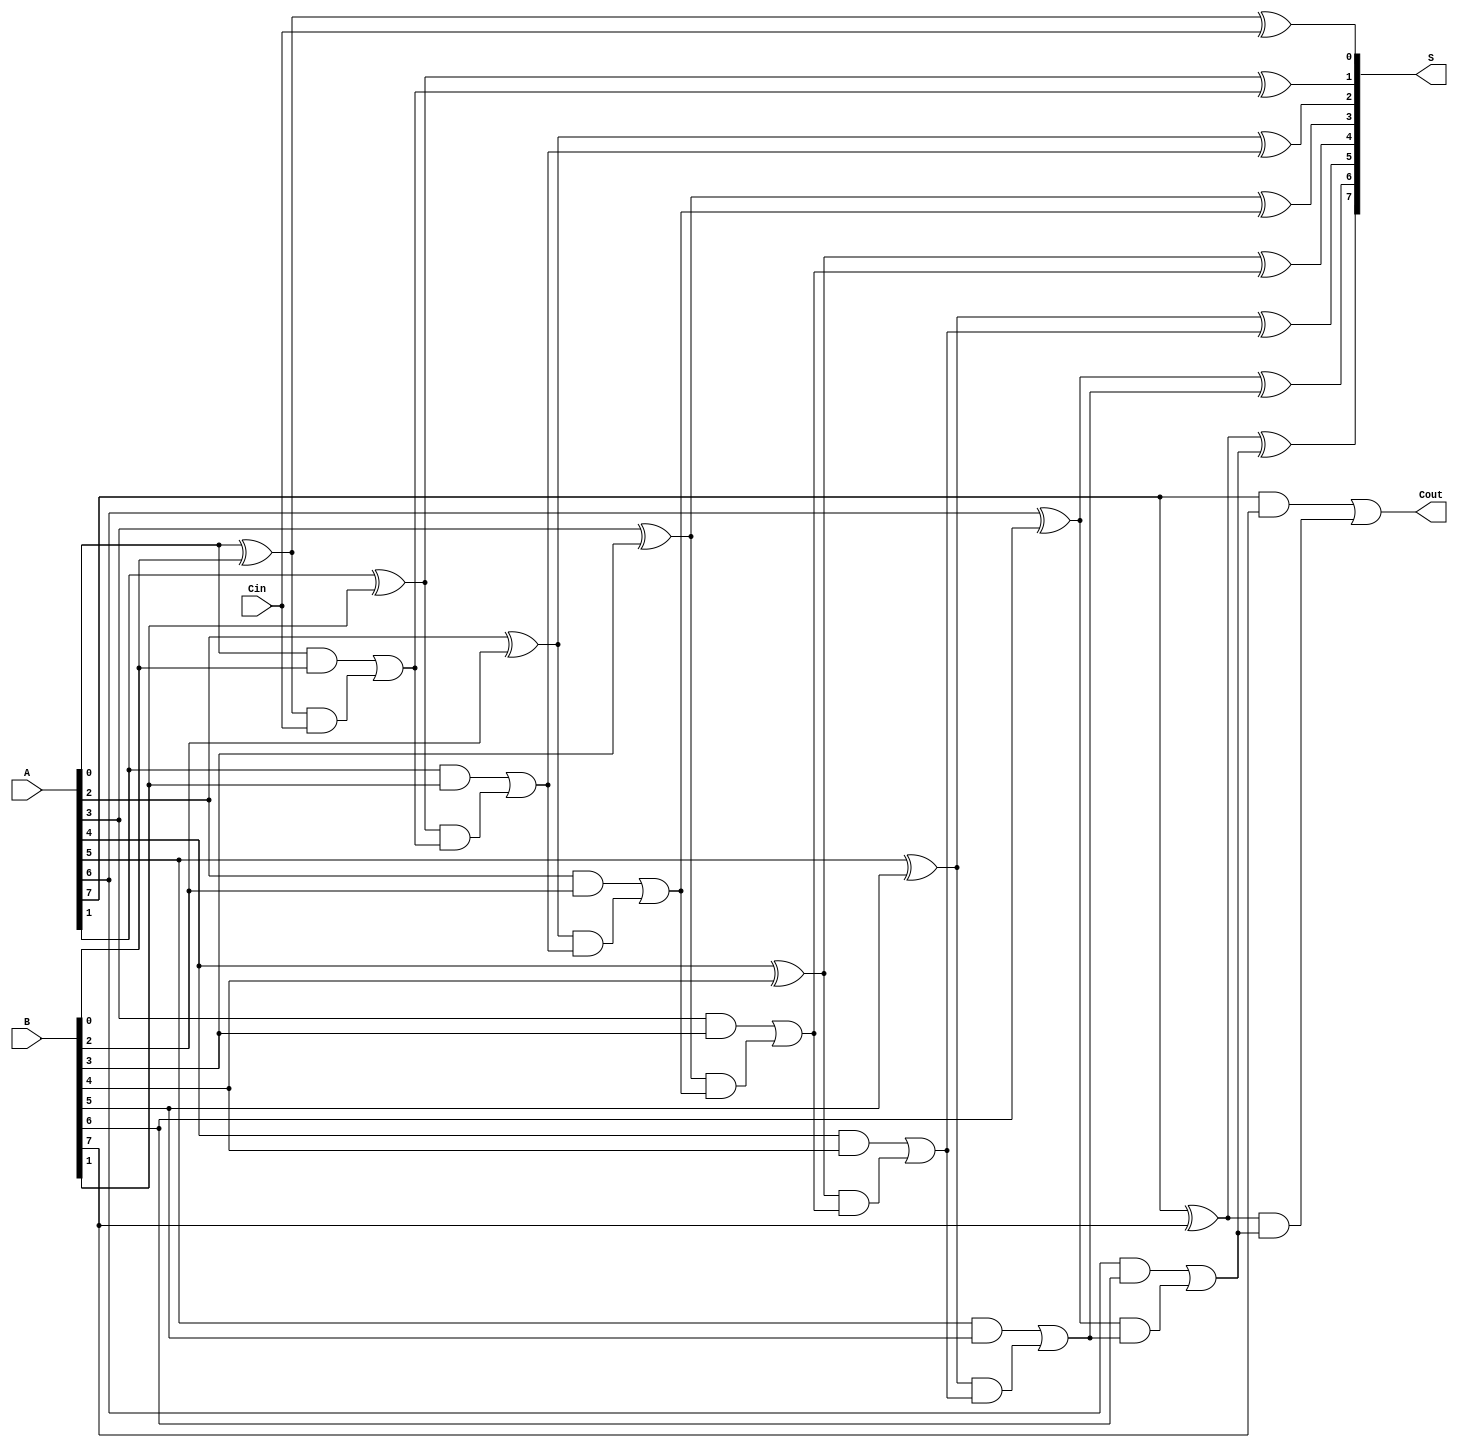
module Manchester_Carry_Chain_Adder #(parameter N = 8) (
    input  wire [N-1:0] A,    // n-bit first addend
    input  wire [N-1:0] B,    // n-bit second addend
    input  wire         Cin,   // Carry-in
    output wire [N-1:0] S,     // n-bit sum output
    output wire         Cout    // Carry-out
);

    wire [N:0] Carry;  // Carry signals (N+1 for carry out)
    genvar i;

    // Assign the first carry input
    assign Carry[0] = Cin;

    // Generate the full adders and carry generation
    generate
        for (i = 0; i < N; i = i + 1) begin: full_adder
            wire A_i = A[i];
            wire B_i = B[i];
            wire C_i = Carry[i];

            // Carry generation logic: C_i = A_i * B_i + (A_i XOR B_i) * C_{i-1}
            assign Carry[i + 1] = (A_i & B_i) | ((A_i ^ B_i) & C_i);
            
            // Sum calculation: S_i = A_i XOR B_i XOR C_{i-1}
            assign S[i] = A_i ^ B_i ^ C_i;
        end
    endgenerate

    // Assign the final carry-out
    assign Cout = Carry[N];

endmodule